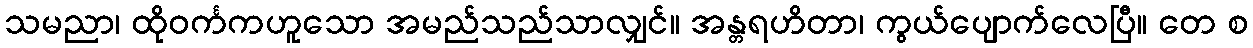
သမညာ၊ ထိုဝင်္ကကဟူသော အမည်သည်သာလျှင်။ အန္တရဟိတာ၊ ကွယ်ပျောက်လေပြီ။ တေ စ